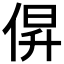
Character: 𫢰